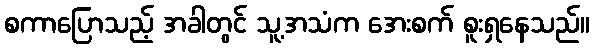
စကာပြောသည့် အခါတွင် သူ့အသံက အေးစက် စူးရှနေသည်။